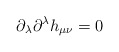
\begin{align*}\partial_\lambda \partial^\lambda h_{\mu \nu} = 0\end{align*}